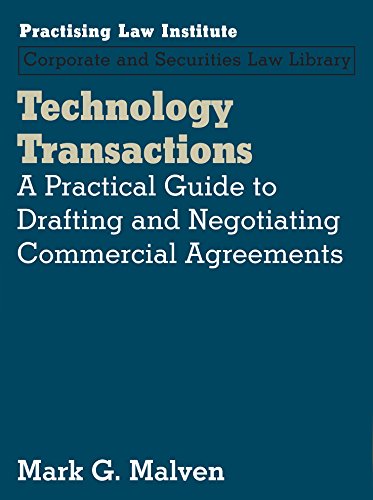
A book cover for Technology Transactions: A Practical Guide to Drafting and Negotiating Commercial Agreements (Corporate and Securities Law Library); Mark G. Malven; Law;